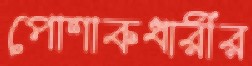
পোশাকধারীর